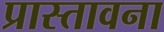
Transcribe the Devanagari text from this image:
प्रास्तावना